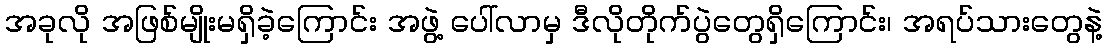
အခုလို အဖြစ်မျိုးမရှိခဲ့ကြောင်း အဖွဲ့ ပေါ်လာမှ ဒီလိုတိုက်ပွဲတွေရှိကြောင်း၊ အရပ်သားတွေနဲ့